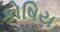
કોષિય